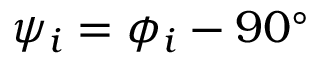
\psi _ { i } = \phi _ { i } - 9 0 ^ { \circ }